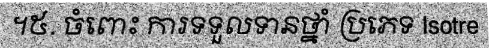
។៥. ចំពោះ ការទទួលទានថ្នាំ ប្រភេទ Isotre